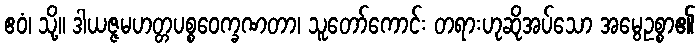
ဧဝံ၊ သို့။ ဒါယဇ္ဇမဟတ္တပစ္စဝေက္ခဏတာ၊ သူတော်ကောင်း တရားဟုဆိုအပ်သော အမွေဥစ္စာ၏